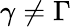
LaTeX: \gamma\neq\Gamma